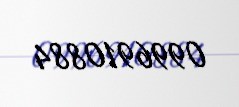
0996910884